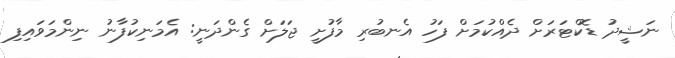
ނަޝީދު ޑޮކްޓަރަށް ދެއްކުމަށް ފަހު އެނބުރި މާފުށީ ޖަލަށް ގެންދަނީ: އެމަނިކުފާނު ނިންމަވައިފި